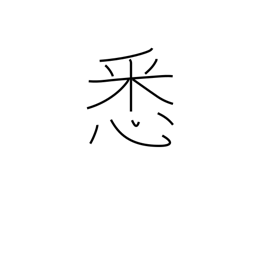
Meaning: completely